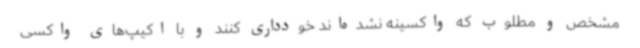
مشخص و مطلوب که واکسینه نشده‌اند خودداری کنند و با اکیپ‌های واکسی